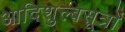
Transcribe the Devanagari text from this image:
आदिशुल्बसूत्रों